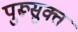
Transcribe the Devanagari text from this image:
पुरूसुक्त